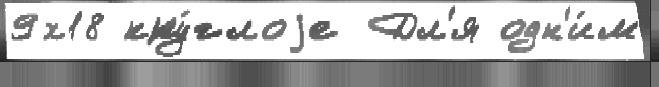
9х18 кру́глоjе Дл'я одн'и́м